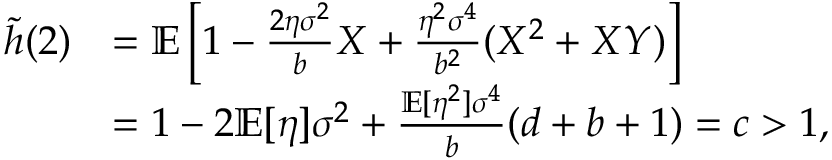
\begin{array} { r l } { \tilde { h } ( 2 ) } & { = \mathbb { E } \left[ 1 - \frac { 2 \eta \sigma ^ { 2 } } { b } X + \frac { \eta ^ { 2 } \sigma ^ { 4 } } { b ^ { 2 } } ( X ^ { 2 } + X Y ) \right] } \\ & { = 1 - 2 \mathbb { E } [ \eta ] \sigma ^ { 2 } + \frac { \mathbb { E } [ \eta ^ { 2 } ] \sigma ^ { 4 } } { b } ( d + b + 1 ) = c > 1 , } \end{array}